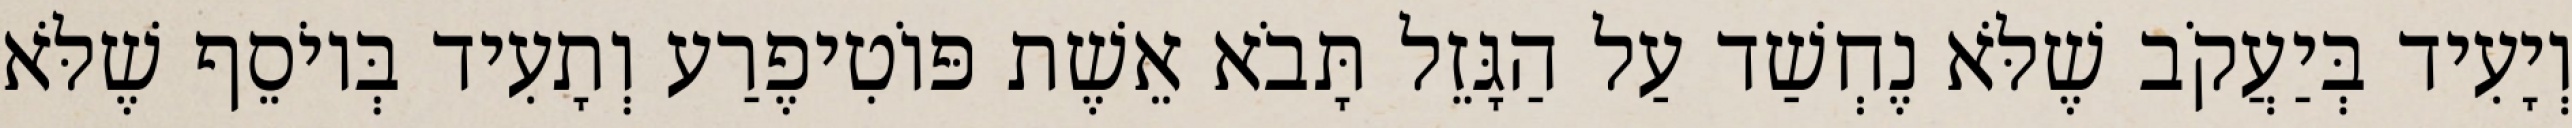
וְיָעִיד בְּיַעֲקֹב שֶׁלֹּא נֶחְשַׁד עַל הַגָּזֵל תָּבֹא אֵשֶׁת פּוֹטִיפֶרַע וְתָעִיד בְּיוֹסֵף שֶׁלֹּא